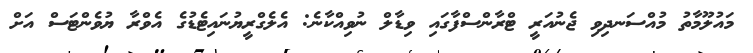
މައުލޫމާތު މުއްސަނދިވި ޖެނުއަރީ ޓްރާންސްފާގައި ވިޑާލް ނުވިއްކާނެ: އެލެގްރީޔުނައިޓެޑުގެ އެވްރާ ޔުވެންޓަސް އަށް